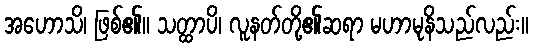
အဟောသိ၊ ဖြစ်၏။ သတ္ထာပိ၊ လူနတ်တို့၏ဆရာ မဟာမုနိသည်လည်း။